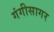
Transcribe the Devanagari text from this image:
गंगीसागर